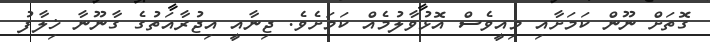
ގޮތަށް ނޫން ކަމަށާއި މިއީވެސް އޮޅުވާލުމެއް ކަމަށެވެ. ޖިނާއީ އިޖުރާއަތުގެ ގާނޫނާ ޚިލާފު